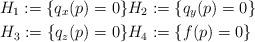
LaTeX: \begin{align*}H_1:=\{q_x(p)=0\} & H_2:=\{q_y(p)=0\} \\H_3:=\{q_z(p)=0\} &H_4:=\{f(p)=0\} \end{align*}